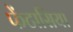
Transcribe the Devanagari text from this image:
फेंटासिया